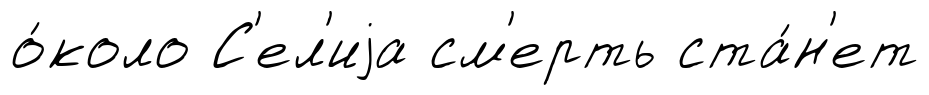
о́коло С'ел'иjа см'ерть ста́н'ет